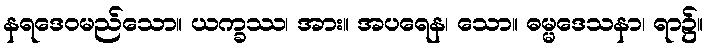
နရဒေဝမည်သော။ ယက္ခဿ၊ အား။ အပရေန၊ သော။ ဓမ္မဒေသနာ၊ ရာ၌။